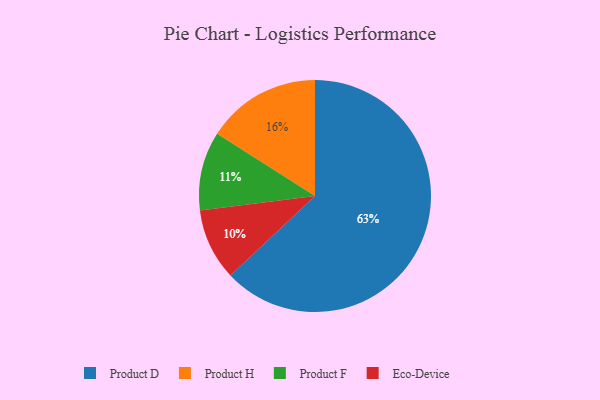
{"axis": {"x": "Category", "y": "Percentage"}, "legend": ["Eco-Device", "Product D", "Product F", "Product H"], "data": [{"x": "Eco-Device", "y": 10, "type": "Eco-Device"}, {"x": "Product F", "y": 11, "type": "Product F"}, {"x": "Product H", "y": 16, "type": "Product H"}, {"x": "Product D", "y": 63, "type": "Product D"}]}